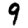
Digit: 9